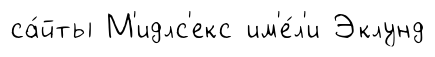
са́йты М'идлс'екс им'е́л'и Эклунд